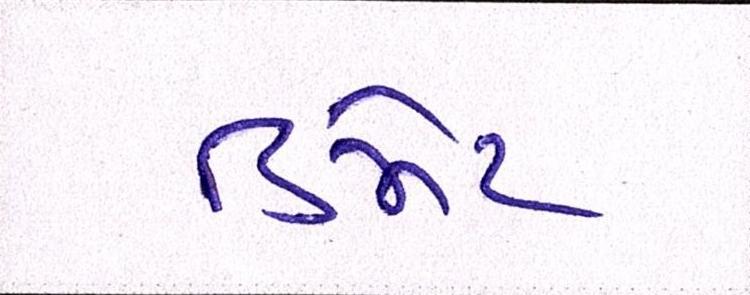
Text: ડિમેટ